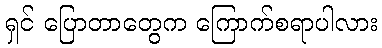
ရှင် ပြောတာတွေက ကြောက်စရာပါလား